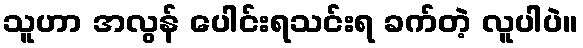
သူဟာ အလွန် ပေါင်းရသင်းရ ခက်တဲ့ လူပါပဲ။